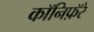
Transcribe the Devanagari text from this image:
कॉनिफ़ॅरे